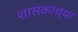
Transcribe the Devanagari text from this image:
शासकाच्या